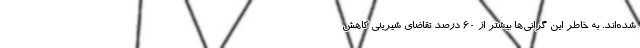
شده‌اند. به خاطر این گرانی‌ها بیشتر از ۶۰ درصد تقاضای شیرینی کاهش